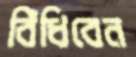
বিঁধিবেন